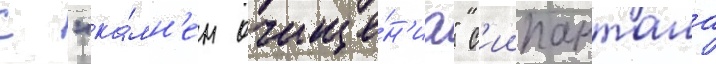
с "ка́мн'ем очище́н'иа" с'иипанташа